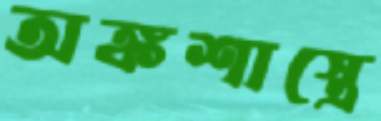
অঙ্কশাস্ত্রে